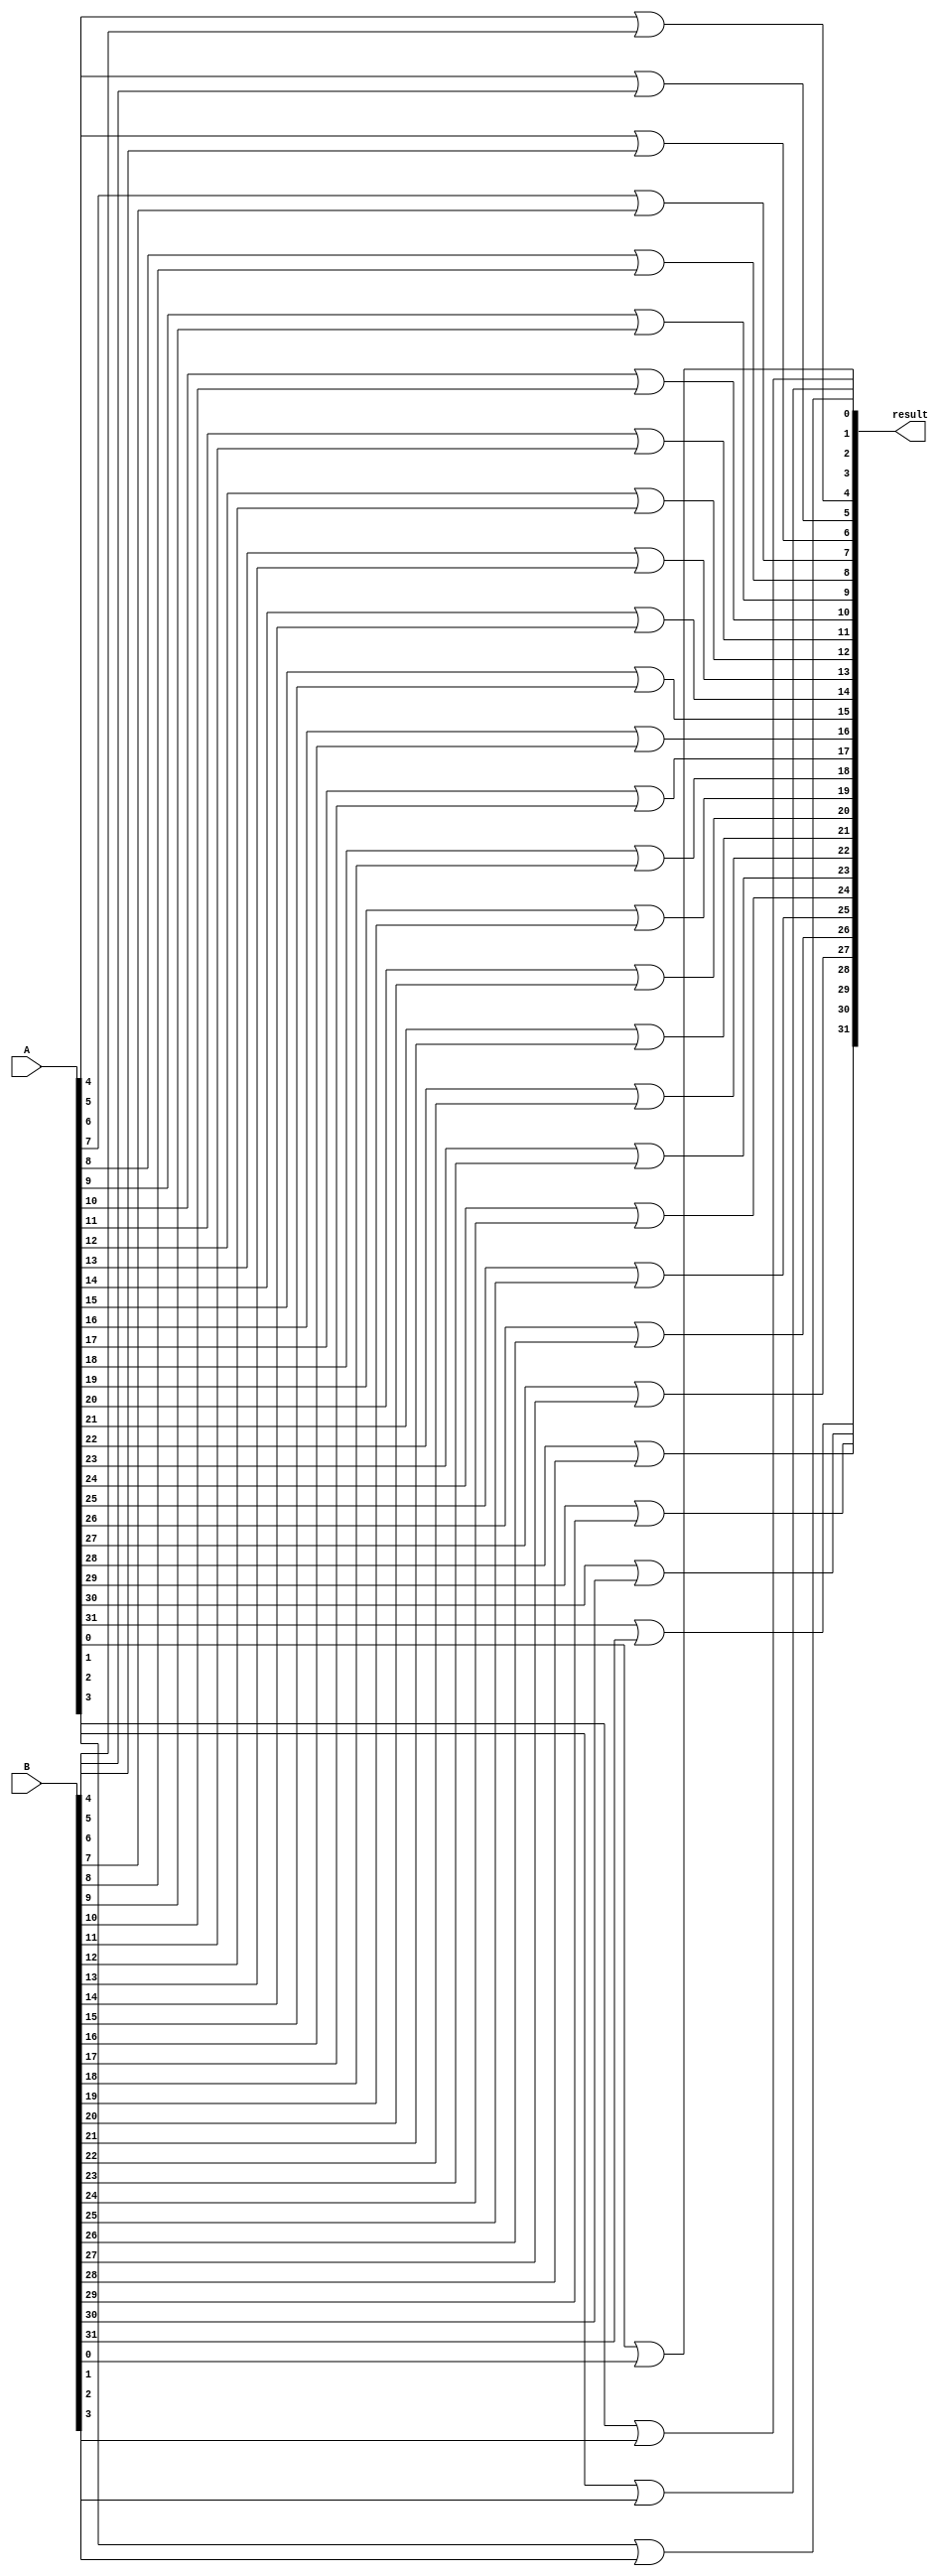
module or_32bit(result, A, B);

    input [31:0] A, B;
    output [31:0] result;

    or o0(result[0], A[0], B[0]);
    or o1(result[1], A[1], B[1]);
    or o2(result[2], A[2], B[2]);
    or o3(result[3], A[3], B[3]);
    or o4(result[4], A[4], B[4]);
    or o5(result[5], A[5], B[5]);
    or o6(result[6], A[6], B[6]);
    or o7(result[7], A[7], B[7]);
    or o8(result[8], A[8], B[8]);
    or o9(result[9], A[9], B[9]);
    or o10(result[10], A[10], B[10]);
    or o11(result[11], A[11], B[11]);
    or o12(result[12], A[12], B[12]);
    or o13(result[13], A[13], B[13]);
    or o14(result[14], A[14], B[14]);
    or o15(result[15], A[15], B[15]);
    or o16(result[16], A[16], B[16]);
    or o17(result[17], A[17], B[17]);
    or o18(result[18], A[18], B[18]);
    or o19(result[19], A[19], B[19]);
    or o20(result[20], A[20], B[20]);
    or o21(result[21], A[21], B[21]);
    or o22(result[22], A[22], B[22]);
    or o23(result[23], A[23], B[23]);
    or o24(result[24], A[24], B[24]);
    or o25(result[25], A[25], B[25]);
    or o26(result[26], A[26], B[26]);
    or o27(result[27], A[27], B[27]);
    or o28(result[28], A[28], B[28]);
    or o29(result[29], A[29], B[29]);
    or o30(result[30], A[30], B[30]);
    or o31(result[31], A[31], B[31]);    

endmodule